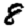
Digit: 8